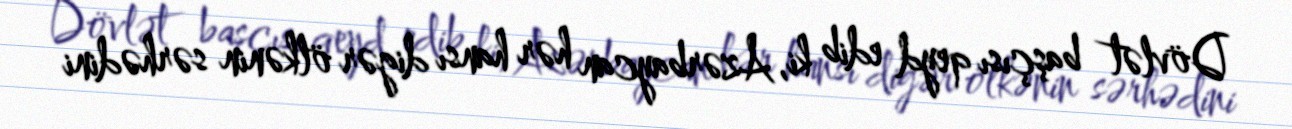
Dövlət başçısı qeyd edib ki, Azərbaycan hər hansı digər ölkənin sərhədini